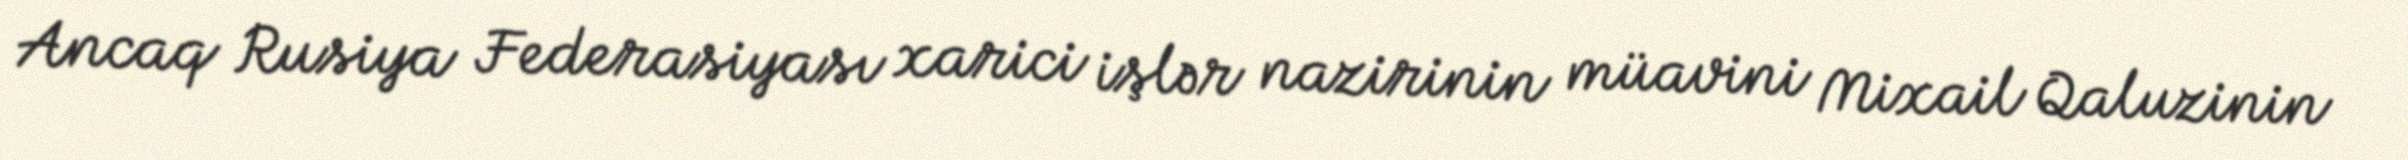
Ancaq Rusiya Federasiyası xarici işlər nazirinin müavini Mixail Qaluzinin